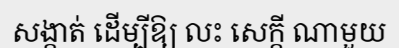
សង្កាត់ ដើម្បីឱ្យ លះ សេក្តី ណាមួយ